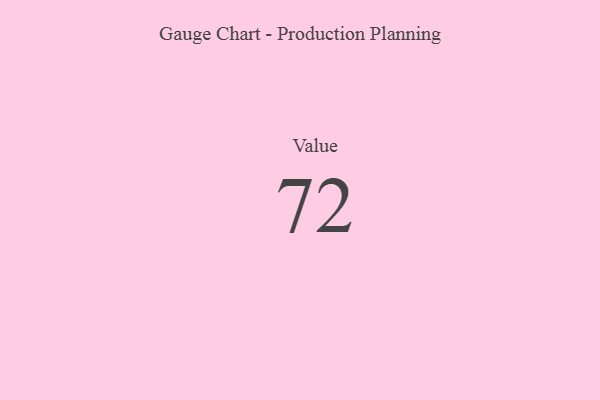
{"axis": {"x": "Metric", "y": "Value"}, "legend": [""], "data": [{"x": "Value", "y": 72, "type": ""}]}